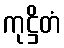
ကုဋ္ဌိတံ